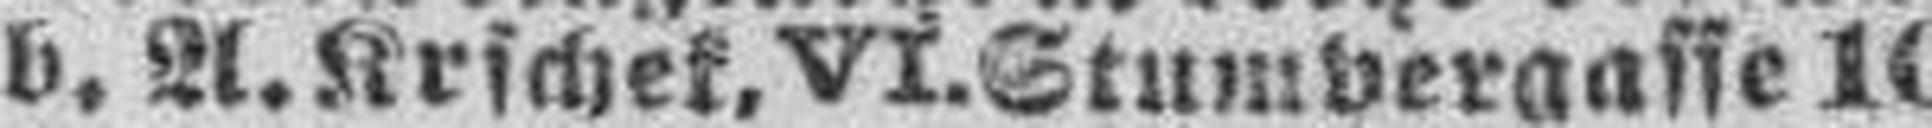
b. A. Krschek, VI. Stumpergasse 10.